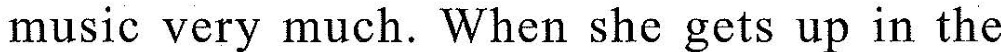
music very much. When she gets up in the